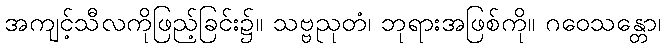
အကျင့်သီလကိုဖြည့်ခြင်း၌။ သဗ္ဗညုတံ၊ ဘုရားအဖြစ်ကို။ ဂဝေသန္တော၊